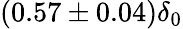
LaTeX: (0.57\pm 0.04)\delta_{0}